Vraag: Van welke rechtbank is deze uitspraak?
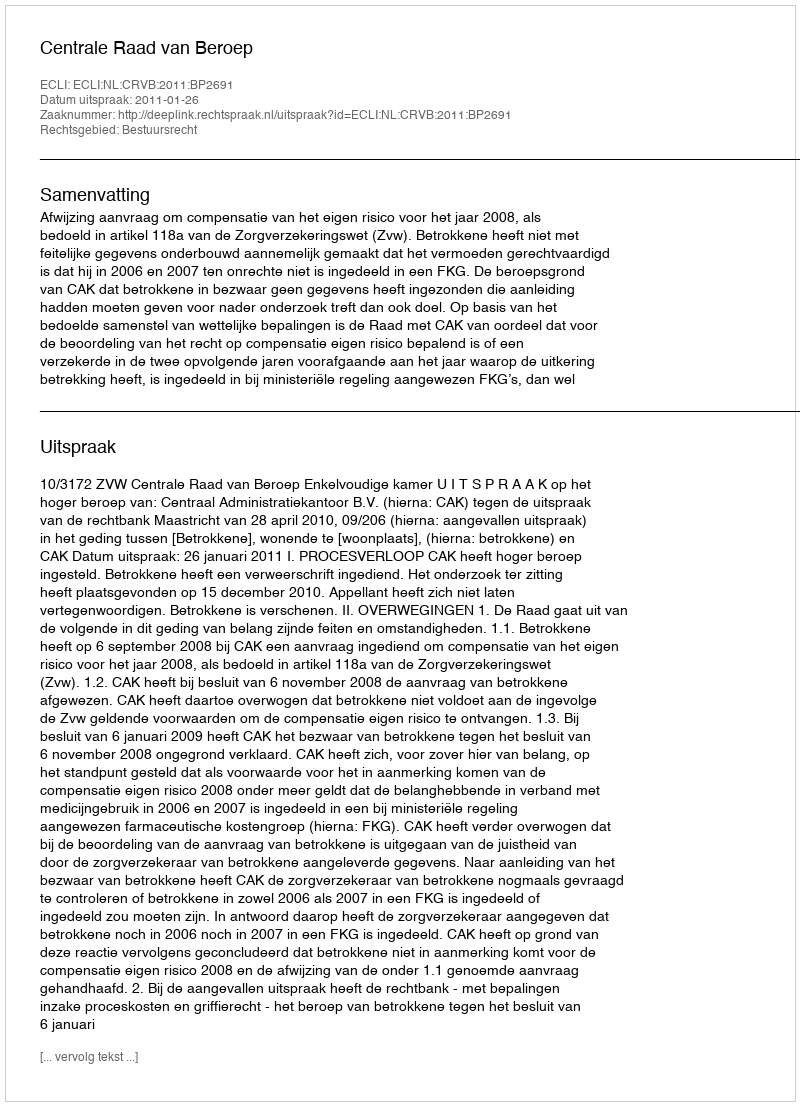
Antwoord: Centrale Raad van Beroep